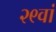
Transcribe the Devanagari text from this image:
२९वां